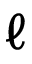
\ell